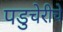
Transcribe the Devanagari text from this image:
पडुचेरीचे